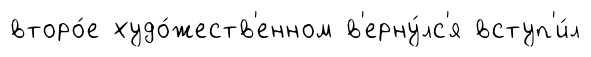
второ́е худо́жеств'енном в'ерну́лс'я вступ'и́л